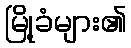
မြို့ခံများ၏